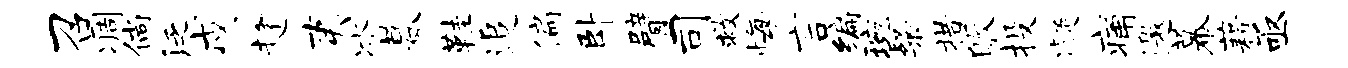
召凋倘泛戍趁夷冰暮鞋追偏卧臂司救悔言编琬粲措皈投凝痛邀幕藉亟